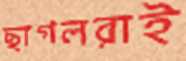
ছাগলরাই